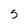
Character: 5